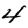
Digit: 4